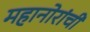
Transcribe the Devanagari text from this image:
महानोरांची